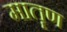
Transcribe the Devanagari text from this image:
मातॄण